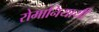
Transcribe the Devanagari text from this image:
रोमानियायी